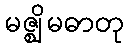
မဇ္ဈိမဓာတု